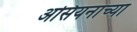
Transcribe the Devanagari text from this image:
असियनाच्या